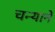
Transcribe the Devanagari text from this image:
चन्याने